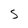
Character: S